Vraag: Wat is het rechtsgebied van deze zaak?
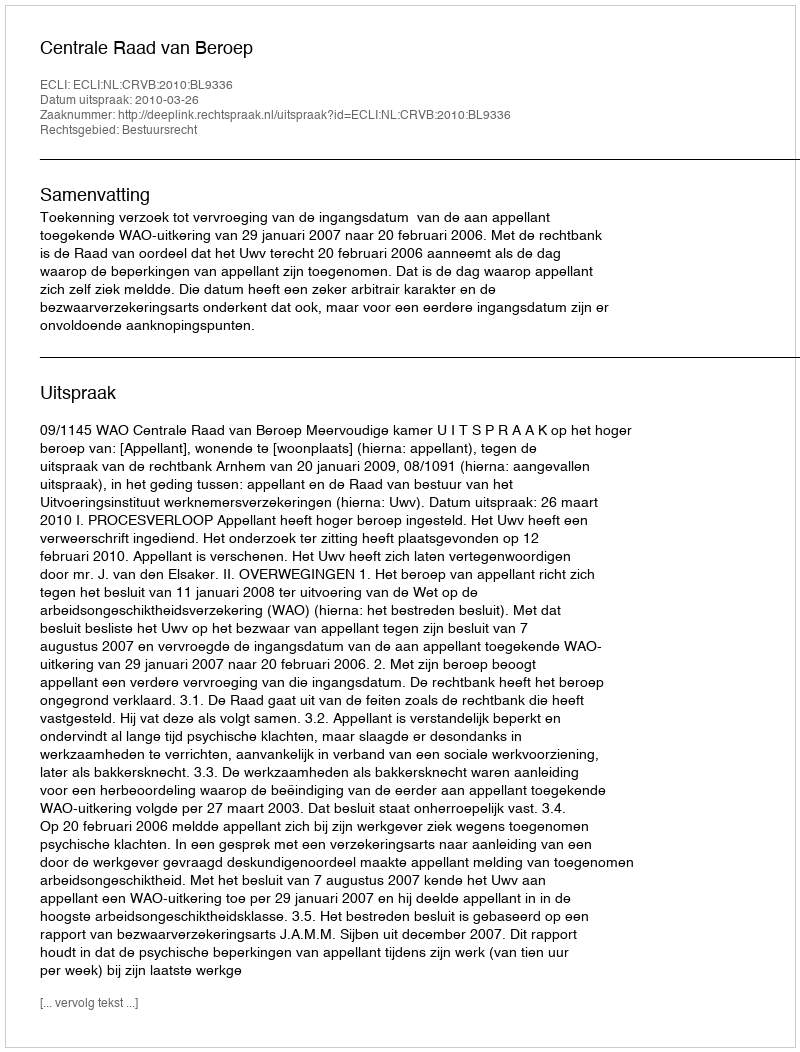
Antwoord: Bestuursrecht